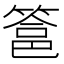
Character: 𮅵